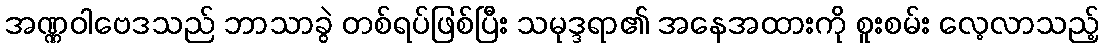
အဏ္ဏဝါဗေဒသည် ဘာသာခွဲ တစ်ရပ်ဖြစ်ပြီး သမုဒ္ဒရာ၏ အနေအထားကို စူးစမ်း လေ့လာသည့်